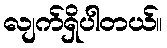
လျက်ရှိပါတယ်။